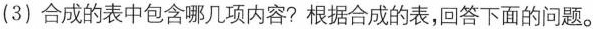
(3)合成的表中包含哪几项内容?根据合成的表，回答下面的问题。